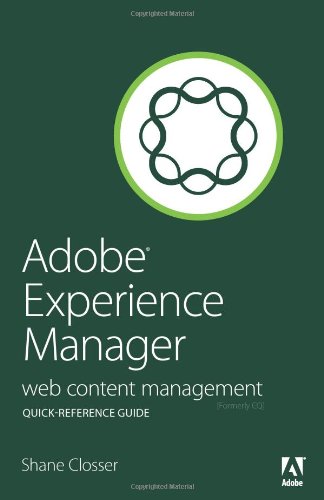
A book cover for Adobe Experience Manager Quick-Reference Guide: Web Content Management [formerly CQ]; Shane Closser; Computers & Technology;